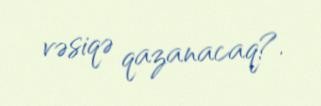
vəsiqə qazanacaq?.